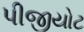
પીજીયોટ